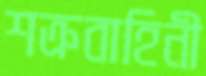
শত্রুবাহিনী